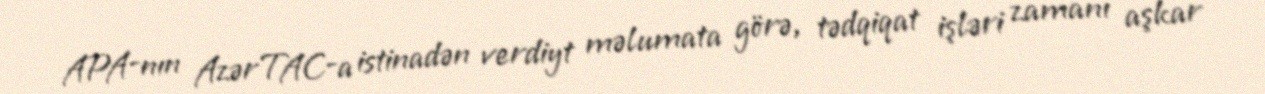
APA-nın AzərTAC-a istinadən verdiyt məlumata görə, tədqiqat işləri zamanı aşkar